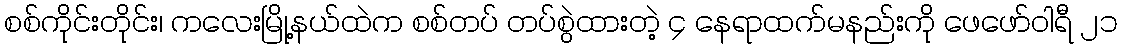
စစ်ကိုင်းတိုင်း၊ ကလေးမြို့နယ်ထဲက စစ်တပ် တပ်စွဲထားတဲ့ ၄ နေရာထက်မနည်းကို ဖေဖော်ဝါရီ ၂၁